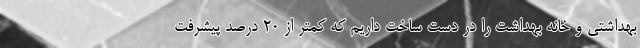
بهداشتی و خانه بهداشت را در دست ساخت داریم که کمتر از ۲۰ درصد پیشرفت